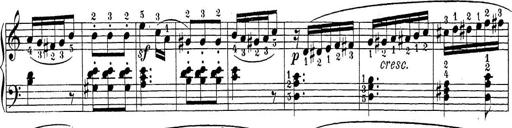
Title: Sonatina Album
Composer: Louis KÃ¶hler